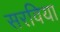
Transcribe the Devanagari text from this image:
सरविया